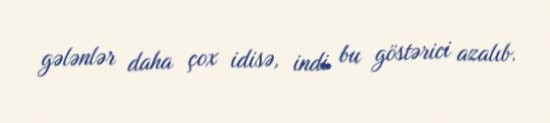
gələnlər daha çox idisə, indi bu göstərici azalıb.